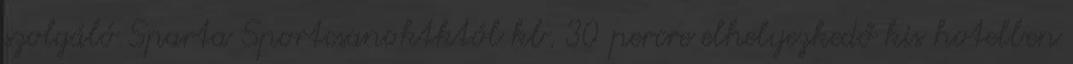
szolgáló Sparta Sportcsanoktktól kb. 30 percre elhelyezkedő kis hotelben